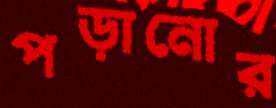
পড়ানোর